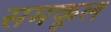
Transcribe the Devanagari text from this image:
समकूल